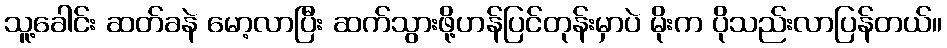
သူ့ခေါင်း ဆတ်ခနဲ မော့လာပြီး ဆက်သွားဖို့ဟန်ပြင်တုန်းမှာပဲ မိုးက ပိုသည်းလာပြန်တယ်။